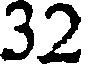
32